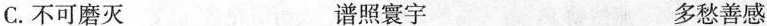
C.不可磨灭 谱照寰宇 多愁善感